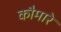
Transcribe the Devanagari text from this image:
कौमारे